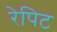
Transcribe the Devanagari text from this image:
रेपिट